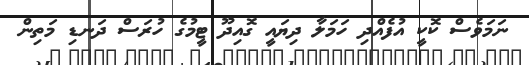
ނަމަވެސް ކޮކީ އުފެއްދި ހަމަލާ ދިޔައީ ގޮއިދޫ ޓީމުގެ ހުރަސް ދަނޑި މަތިން